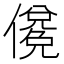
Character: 𰂼